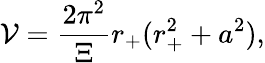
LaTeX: \mathcal{V}=\frac{{2\pi^{2}}}{{\Xi}}r_{+}(r_{+}^{2}+a^{2}),